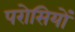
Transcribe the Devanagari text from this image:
परोसियों